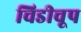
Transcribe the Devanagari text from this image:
चिडीचूप